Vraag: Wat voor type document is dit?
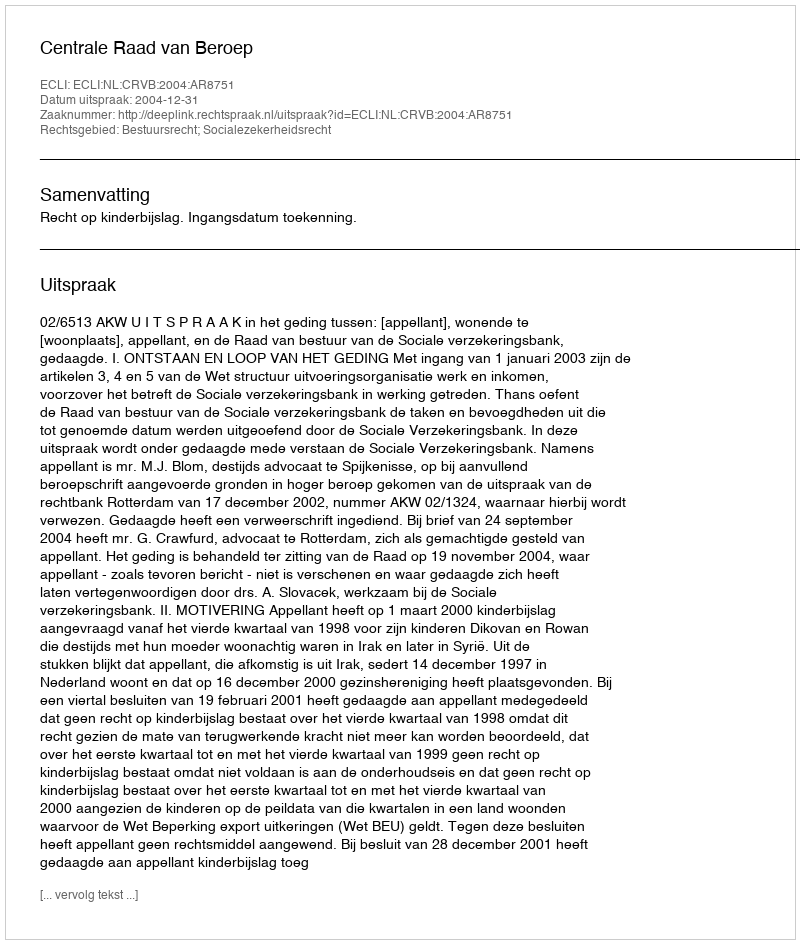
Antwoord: Uitspraak